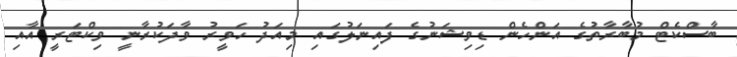
ބާސްކެޓް މުބާރާތުގެ އަންހެން ޑިވިޝަނުގެ ފައިނަލުގައި މިއަދު ހަވީރު ވާދަކުރާނީ ވިކްޓަރީ އާއި